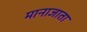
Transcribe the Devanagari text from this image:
मानाजाता